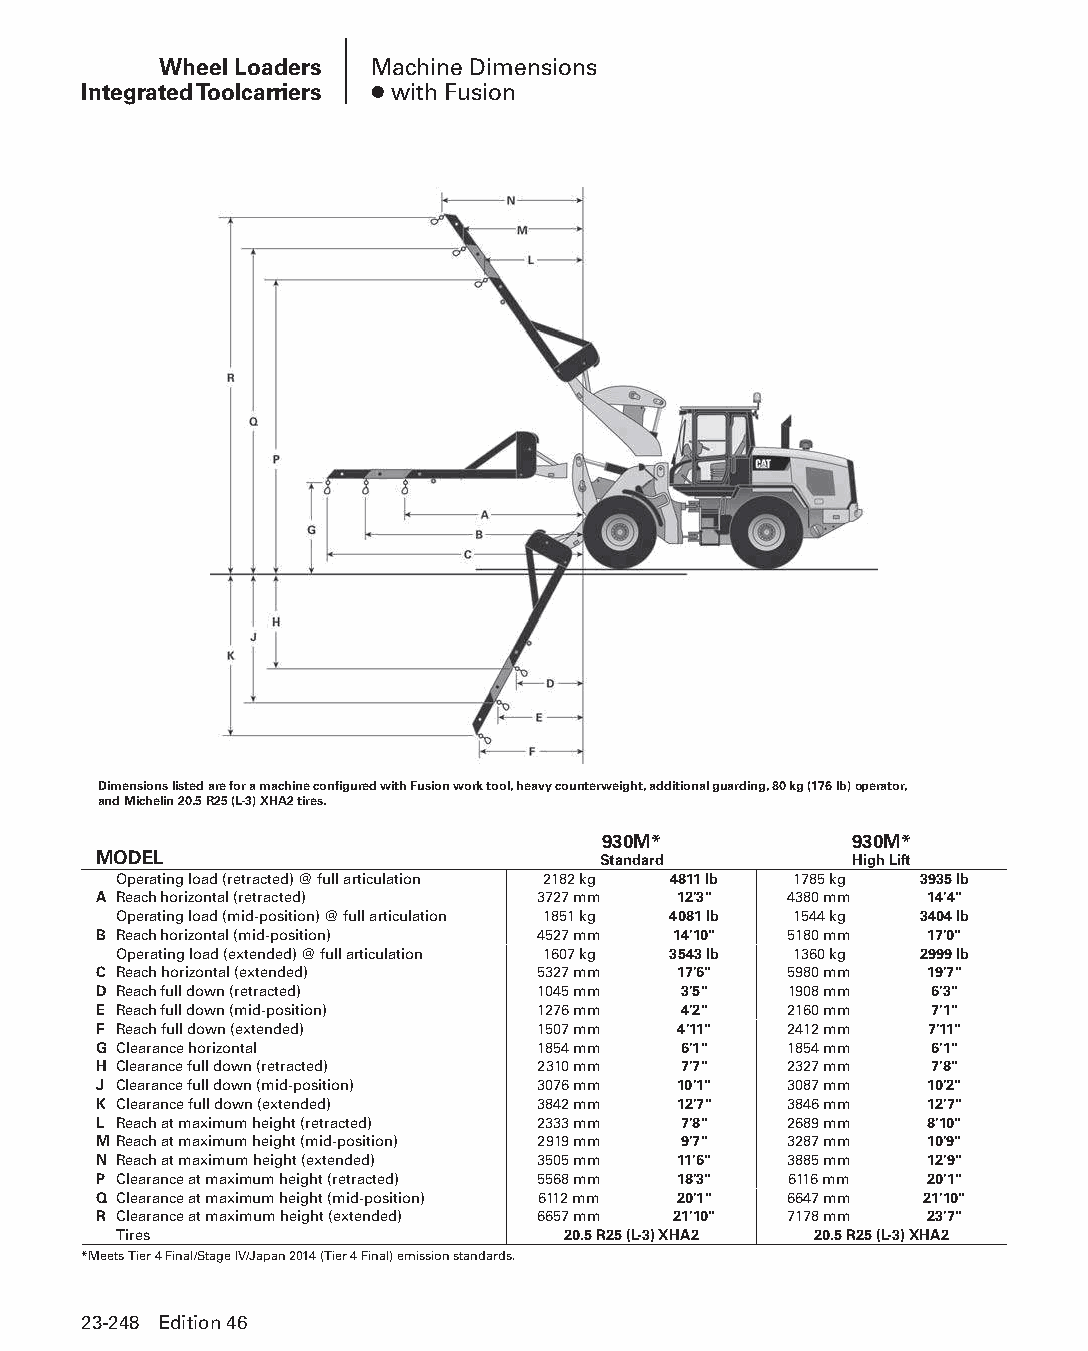
Wheel Loaders Machine Dimensions
 Integrated Toolcarriers ● with Fusion
 Dimensions listed are for a machine configured with Fusion work tool, heavy counterweight, additional guarding, 80 kg (176 lb) operator,
 and Michelin 20.5 R25 (L-3) XHA2 tires.
 930M*            930M*
 MODEL                            Standard         High Lift
 Operating load (retracted) @ full articulation 2182 kg 4811 lb 1785 kg 3935 lb
 A Reach horizontal (retracted) 3727 mm 12'3" 4380 mm   14'4"
 Operating load (mid-position) @ full articulation 1851 kg 4081 lb 1544 kg 3404 lb
 B Reach horizontal (mid-position) 4527 mm 14'10" 5180 mm 17'0"
 Operating load (extended) @ full articulation 1607 kg 3543 lb 1360 kg 2999 lb
 C Reach horizontal (extended) 5327 mm 17'6"  5980 mm   19'7"
 D Reach full down (retracted) 1045 mm 3'5"   1908 mm   6'3"
 E Reach full down (mid-position) 1276 mm 4'2" 2160 mm  7'1"
 F Reach full down (extended) 1507 mm  4'11"  2412 mm   7'11"
 G Clearance horizontal       1854 mm  6'1"   1854 mm   6'1"
 H Clearance full down (retracted) 2310 mm 7'7" 2327 mm 7'8"
 J Clearance full down (mid-position) 3076 mm 10'1" 3087 mm 10'2"
 K Clearance full down (extended) 3842 mm 12'7" 3846 mm 12'7"
 L Reach at maximum height (retracted) 2333 mm 7'8" 2689 mm 8'10"
 M Reach at maximum height (mid-position) 2919 mm 9'7" 3287 mm 10'9"
 N Reach at maximum height (extended) 3505 mm 11'6" 3885 mm 12'9"
 P Clearance at maximum height (retracted) 5568 mm 18'3" 6116 mm 20'1"
 Q Clearance at maximum height (mid-position) 6112 mm 20'1" 6647 mm 21'10"
 R Clearance at maximum height (extended) 6657 mm 21'10" 7178 mm 23'7"
 Tires                         20.5 R25 (L-3) XHA2 20.5 R25 (L-3) XHA2
 *Meets Tier 4 Final/Stage IV/Japan 2014 (Tier 4 Final) emission standards.
 23-248 Edition 46
 PPHHBB--SSeecc2233((ppgg220077--332244))..iinndddd 224488      1122//44//1155 22::1122 PPMM